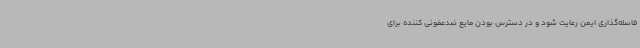
فاصله‌گذاری ایمن رعایت شود و در دسترس بودن مایع ضدعفونی کننده برای